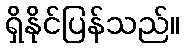
ရှိနိုင်ပြန်သည်။